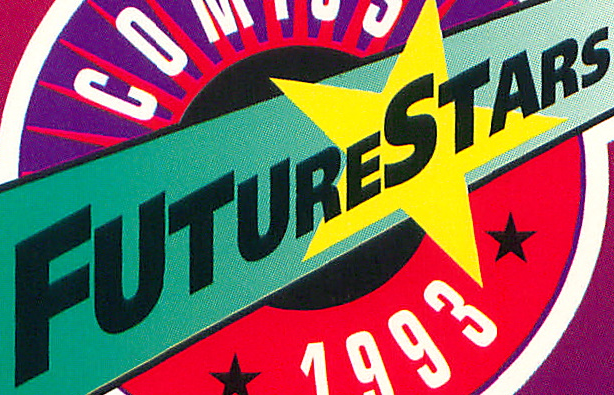
FUTURESTARS